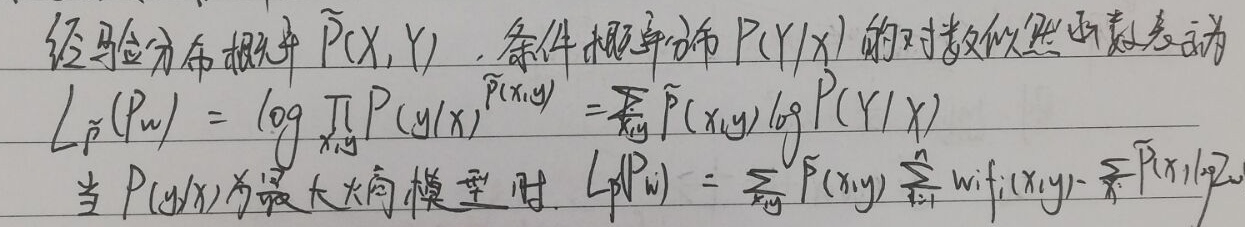
经验分布概率 $\widetilde{P}(X,Y)$，条件概率分布 $P(Y|X)$ 的对数似然函数表示为
\[
L_{\widetilde{P}}(P_w)=\log\prod_{x,y}P(y|x)^{\widetilde{P}(x,y)}=\sum_{x,y}\widetilde{P}(x,y)\log P(Y|X)
\]
当 $P(y|x)$ 为最大熵模型时，
\[
L_{\widetilde{P}}(P_w)=\sum_{x,y}\widetilde{P}(x,y)\sum_{i = 1}^{n}w_if_i(x,y)-\sum_{x}\widetilde{P}(x)\log Z_w
\]
（最后一项图片中未完整显示，按显示内容写出）